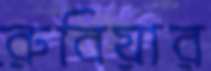
রুবিয়ার